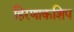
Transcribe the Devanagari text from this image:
हिरणाकशिप